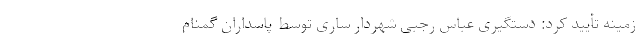
زمینه تأیید کرد: دستگیری عباس رجبی شهردار ساری توسط پاسداران گمنام